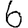
Digit: 6